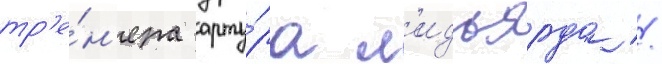
тр'е́н'ера арту́ра л'идьярда /